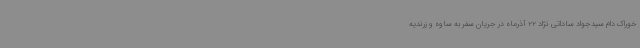
خوراک دام سیدجواد ساداتی نژاد 22 آذرماه در جریان سفر به ساوه و زرندیه